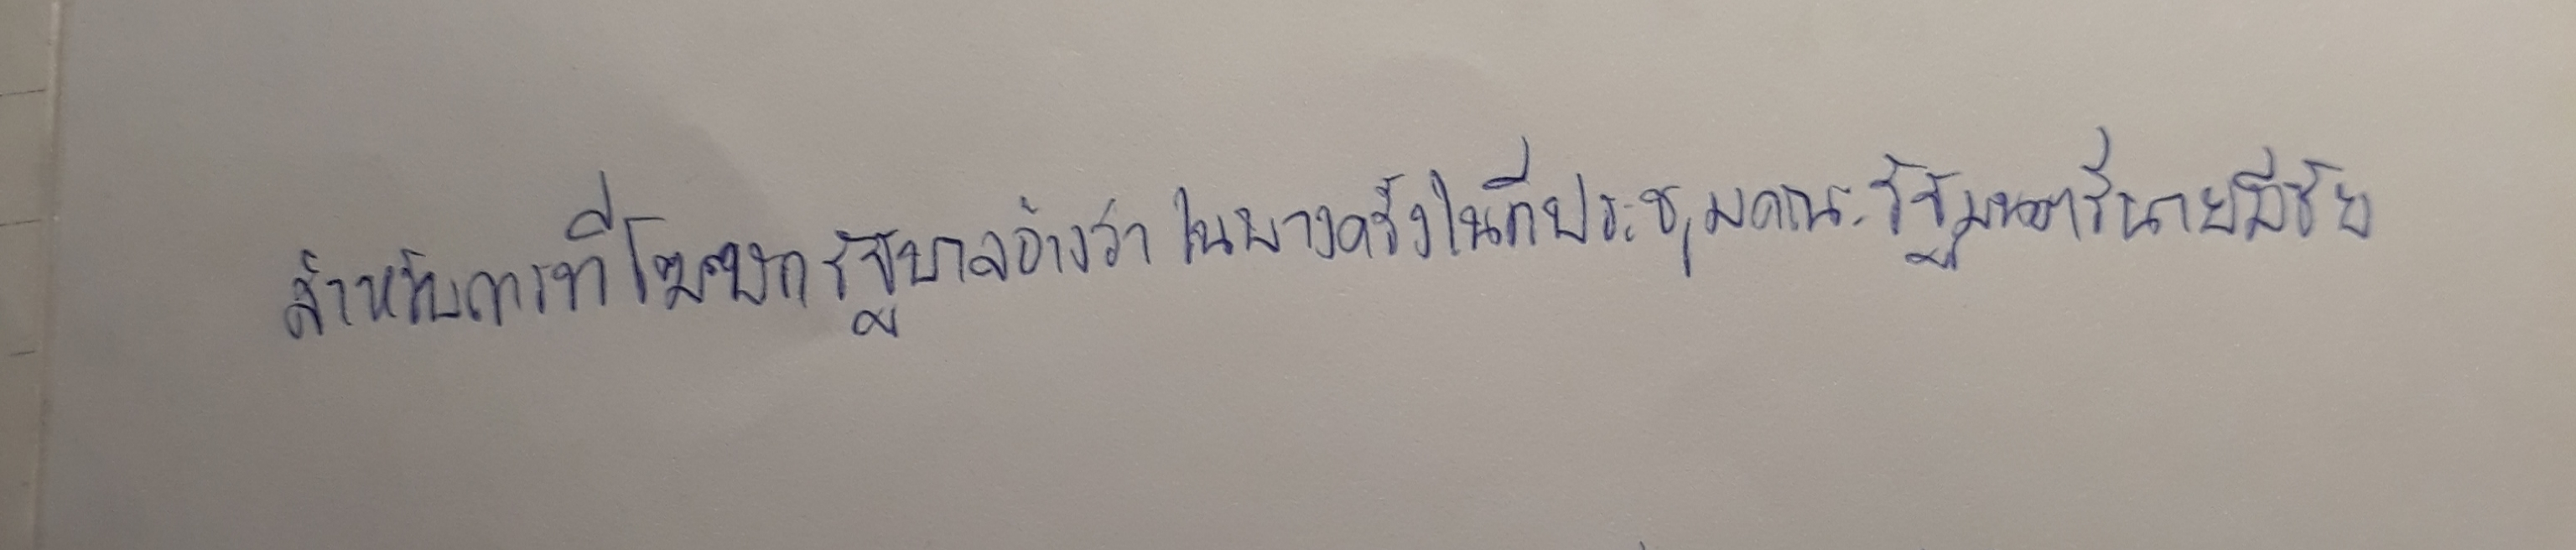
สำหรับการที่โฆษกรัฐบาลอ้างว่าในบางครั้งในที่ประชุมคณะรัฐมนตรีนายมีชัย)